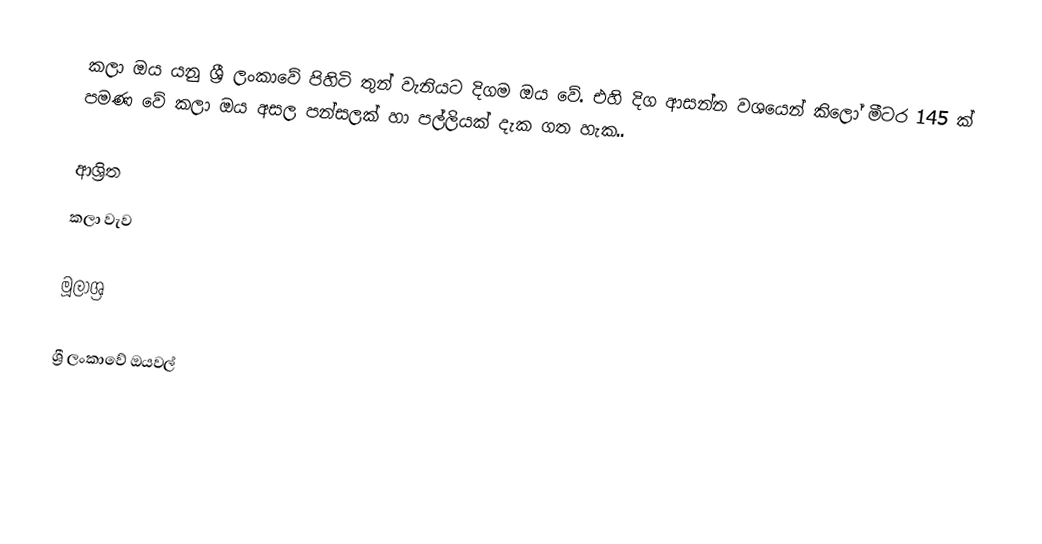
කලා ඔය යනු ශ්‍රී ලංකාවේ පිහිටි තුන් වැනියට දිගම ඔය වේ. එහි දිග ආසන්න වශයෙන් කිලෝ මීටර 145 ක් පමණ වේ කලා ඔය අසල පන්සලක් හා පල්ලියක් දැක ගත හැක..

ආශ්‍රිත
 කලා වැව

මූලාශ්‍ර

ශ්‍රී ලංකාවේ ඔයවල්